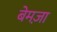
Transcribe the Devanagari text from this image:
बेमज़ा